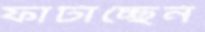
ফাটাচ্ছেন